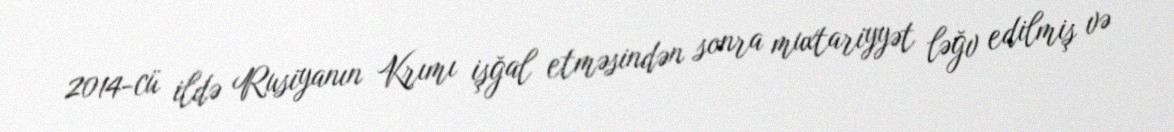
2014-cü ildə Rusiyanın Krımı işğal etməsindən sonra muxtariyyət ləğv edilmiş və